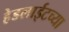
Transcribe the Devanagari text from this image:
हेडलाईटच्या